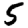
Digit: 5